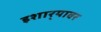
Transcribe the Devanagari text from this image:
इशार्‍यावर